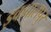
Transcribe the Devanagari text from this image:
इकबालपुर